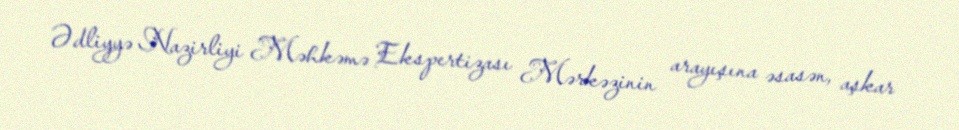
Ədliyyə Nazirliyi Məhkəmə Ekspertizası Mərkəzinin arayışına əsasən, aşkar